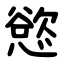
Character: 慾